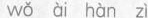
wǒ ài hàn zì